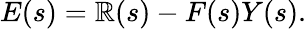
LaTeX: E(s)=\mathbb{R}(s)-F(s)Y(s).